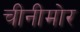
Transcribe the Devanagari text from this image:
चीनीमोर